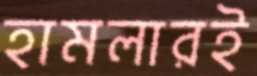
হামলারই